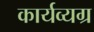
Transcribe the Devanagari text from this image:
कार्यव्यग्र